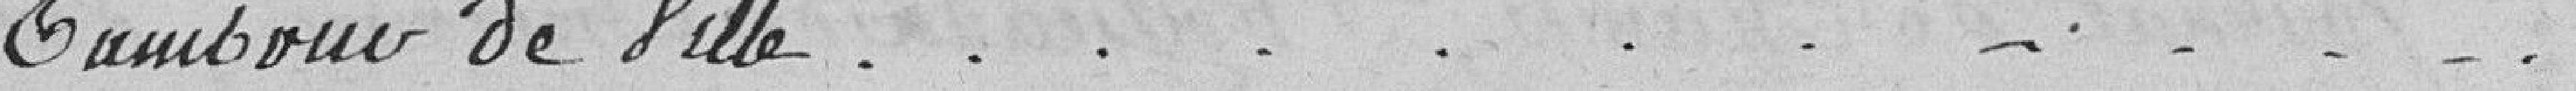
tambour de ville